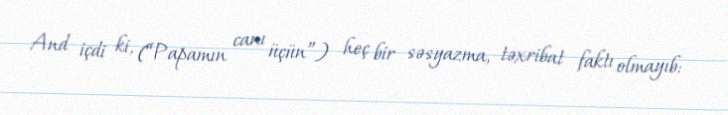
And içdi ki, (“Papamın canı üçün”) heç bir səsyazma, təxribat faktı olmayıb: